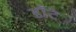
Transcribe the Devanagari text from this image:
डाँटे